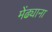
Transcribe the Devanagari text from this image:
मेंढ्याना